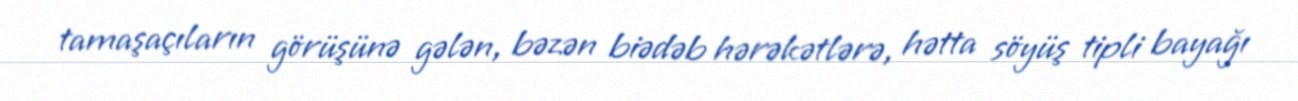
tamaşaçıların görüşünə gələn, bəzən biədəb hərəkətlərə, hətta söyüş tipli bayağı